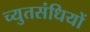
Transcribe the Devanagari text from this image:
च्युतसंधियों